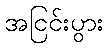
အငြင်းပွား